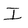
Character: I